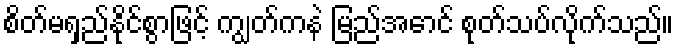
စိတ်မရှည်နိုင်စွာဖြင့် ကျွတ်ကနဲ မြည်အောင် စုတ်သပ်လိုက်သည်။